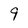
Character: 9